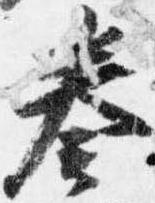
奏